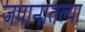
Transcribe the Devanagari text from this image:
जपानातल्या